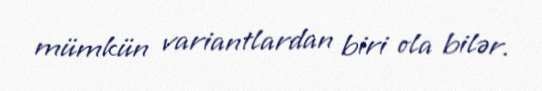
mümkün variantlardan biri ola bilər.